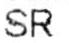
SR